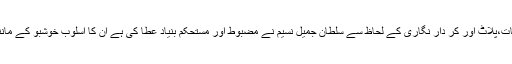
اردو افسانے کو موضوعات،مواد،مکالمات،پلاٹ اور کر دار نگاری کے لحاظ سے سلطان جمیل نسیم نے مضبوط اور مستحکم بنیاد عطا کی ہے ان کا اسلوب خوشبو کے مانند نہاں خانہ ء دل کو معطر کر دیتا ہے۔